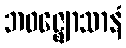
ဘဝဇ္ဈောသာနံ